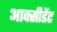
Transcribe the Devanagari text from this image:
आक्सीडेंट